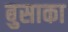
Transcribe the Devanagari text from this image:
बुसाका